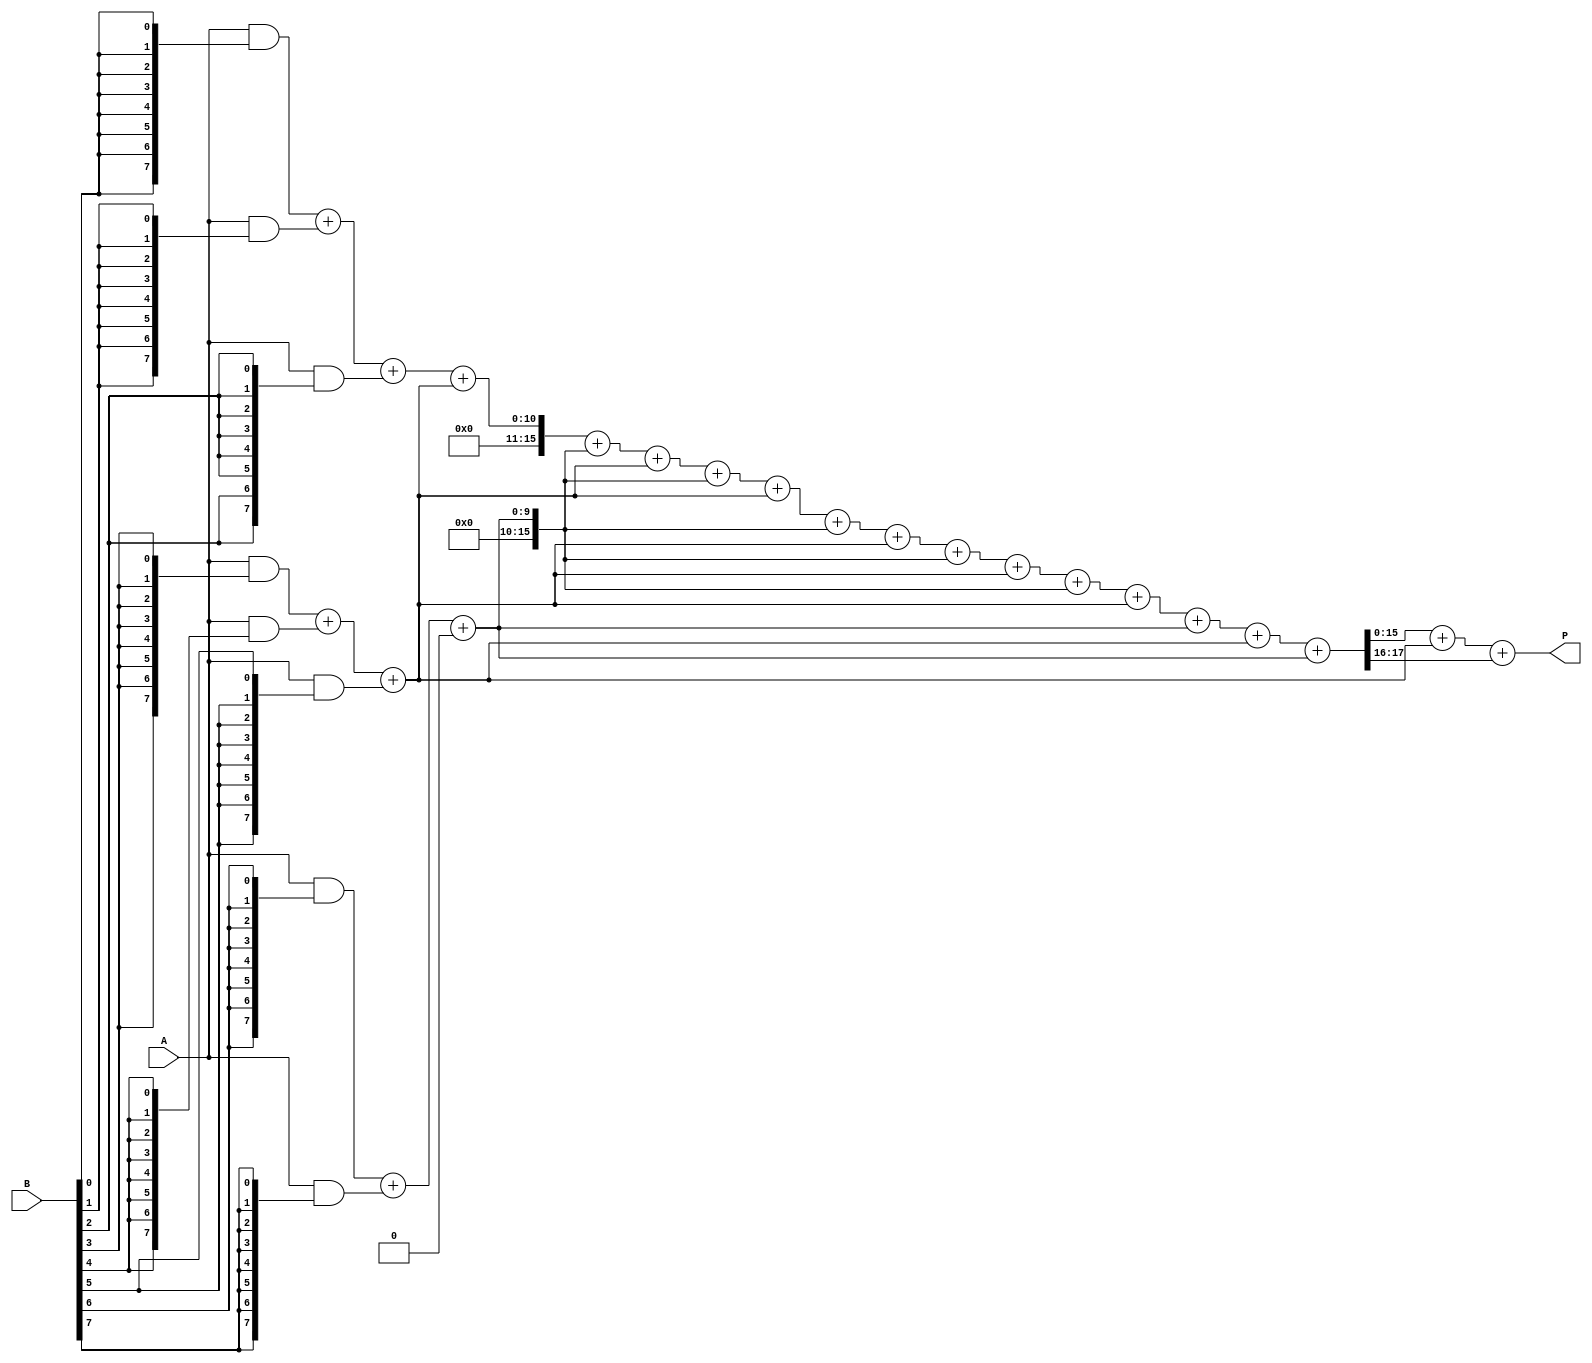
module AdaptiveWallaceTreeMultiplier #(parameter N = 8) (
    input [N-1:0] A,
    input [N-1:0] B,
    output reg [2*N-1:0] P
);
    // Intermediate signals
    wire [N-1:0] pp[N-1:0]; // Partial products
    wire [2*N-1:0] sum[N-1:0]; // Sums at each stage
    wire [N:0] carry[N-1:0]; // Carries at each stage

    // Generate Partial Products
    genvar i;
    generate
        for (i = 0; i < N; i = i + 1) begin : pp_gen
            assign pp[i] = A & {N{B[i]}};
        end
    endgenerate

    // Wallace Tree Reduction
    integer stage, j;
    always @(*) begin
        // Initialize sums and carries
        for (j = 0; j < N; j = j + 1) begin
            sum[j] = {N{1'b0}};
            carry[j] = 0;
        end

        // First stage reduction
        for (j = 0; j < N; j = j + 1) begin
            if (j < N) begin
                sum[j] = pp[j];
            end
        end

        // Reduction stages
        for (stage = 0; stage < N; stage = stage + 1) begin
            for (j = 0; j < (N + 2) / 3; j = j + 1) begin
                if (j * 3 < N) begin
                    {carry[j], sum[j]} = sum[j * 3] + sum[j * 3 + 1] + (j * 3 + 2 < N ? sum[j * 3 + 2] : 0);
                end
            end
        end

        // Final addition of last two sums
        P = sum[0] + sum[1] + carry[0];
    end
endmodule